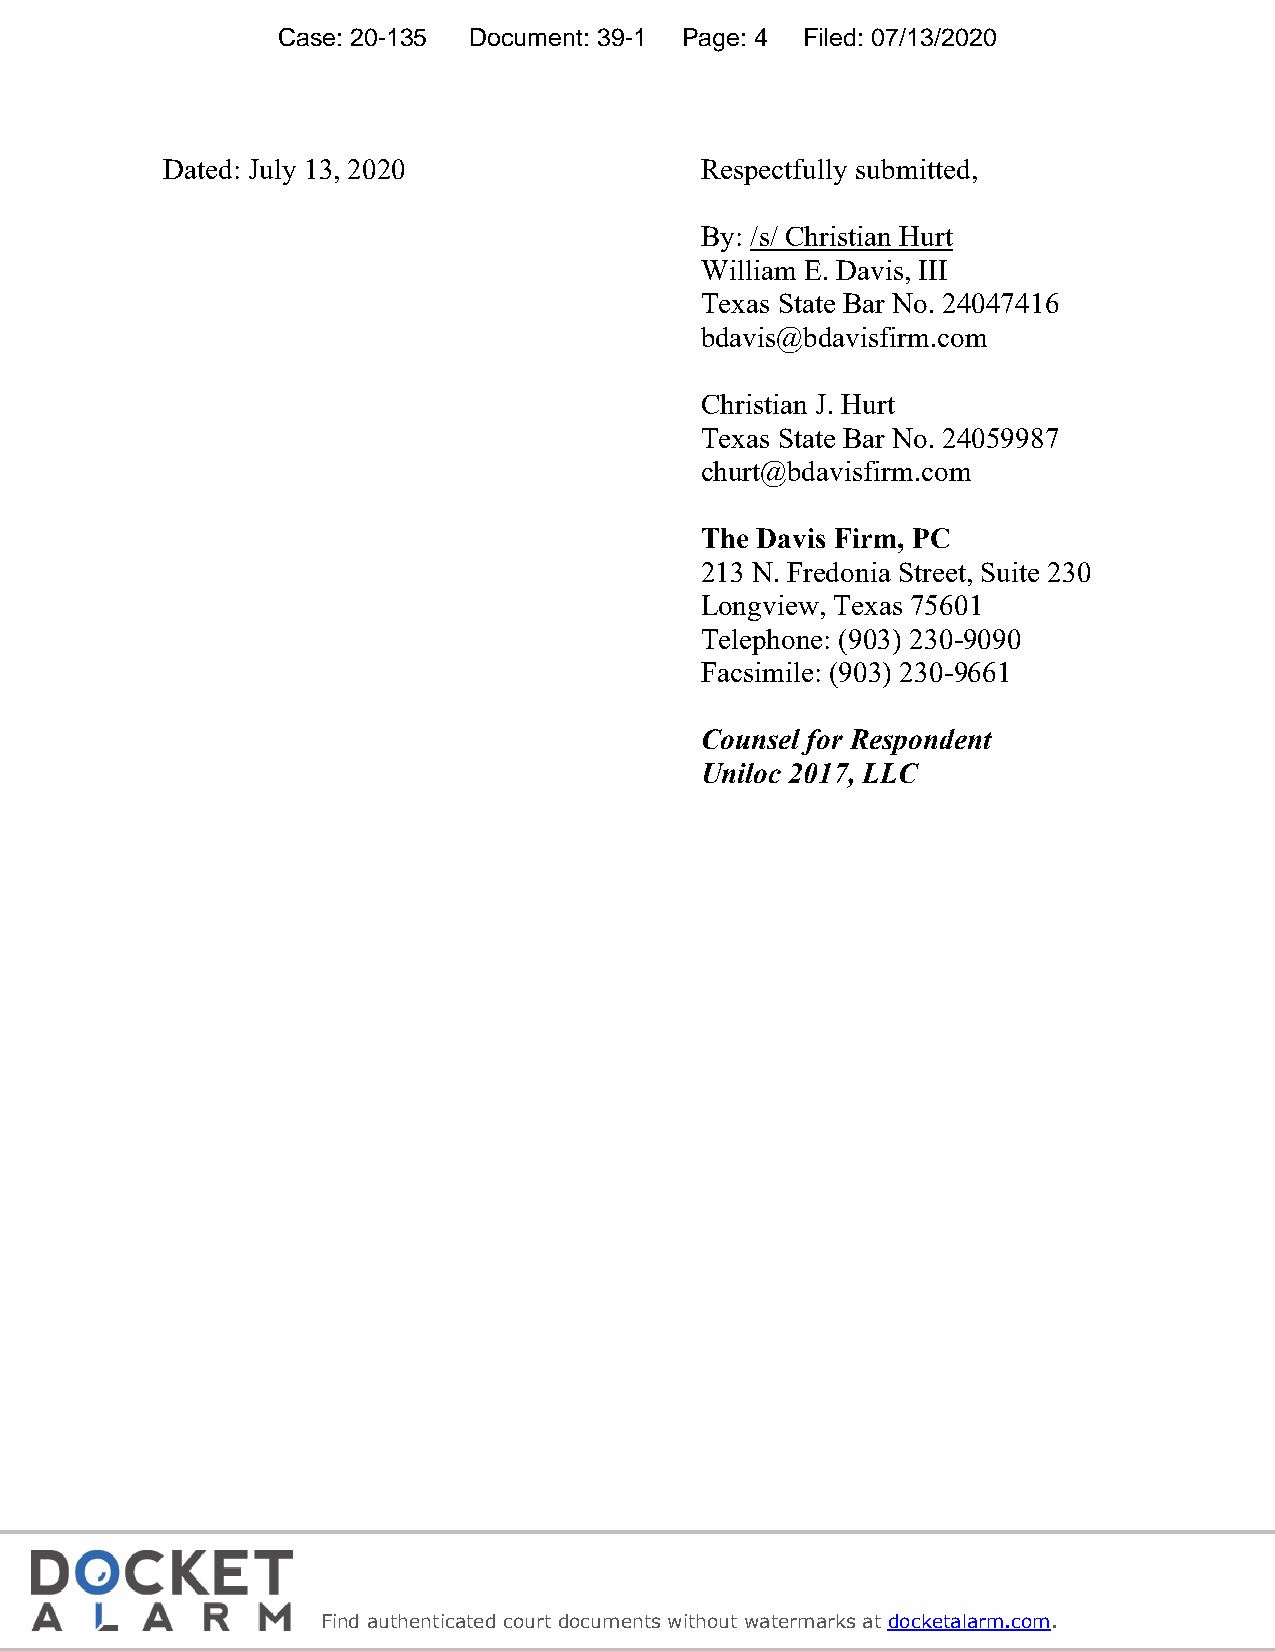
Case: 20-135 Document: 39-1 Page: 4 Filed: 07/13/2020
 Dated: July 13, 2020               Respectfully submitted,
 By: /s/ Christian Hurt
 William E. Davis, III
 Texas State Bar No. 24047416
 bdavis@bdavisfirm.com
 Christian J. Hurt
 Texas State Bar No. 24059987
 churt@bdavisfirm.com
 The Davis Firm, PC
 213 N. Fredonia Street, Suite 230
 Longview, Texas 75601
 Telephone: (903) 230-9090
 Facsimile: (903) 230-9661
 Counsel for Respondent
 Uniloc 2017, LLC
 4
 f
 Find authenticated court documents without watermarks at docketalarm.com.